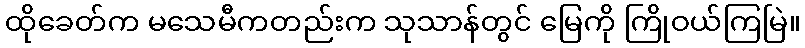
ထိုခေတ်က မသေမီကတည်းက သုသာန်တွင် မြေကို ကြိုဝယ်ကြမြဲ။